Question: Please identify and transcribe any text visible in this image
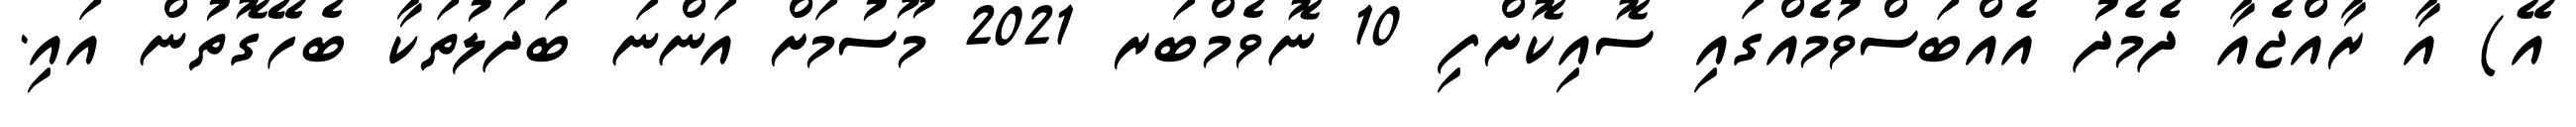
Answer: އޭ) އާ ރާއްޖެއާ ދެމެދު އެއްބަސްވުމެއްގައި ސޮއިކޮށްފި 10 ނޮވެމްބަރ 2021 މޫސުމަށް އަންނަ ބަދަލުތަކާ ބެހޭގޮތުން އައި.